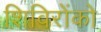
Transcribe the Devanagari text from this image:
शिविरोंको